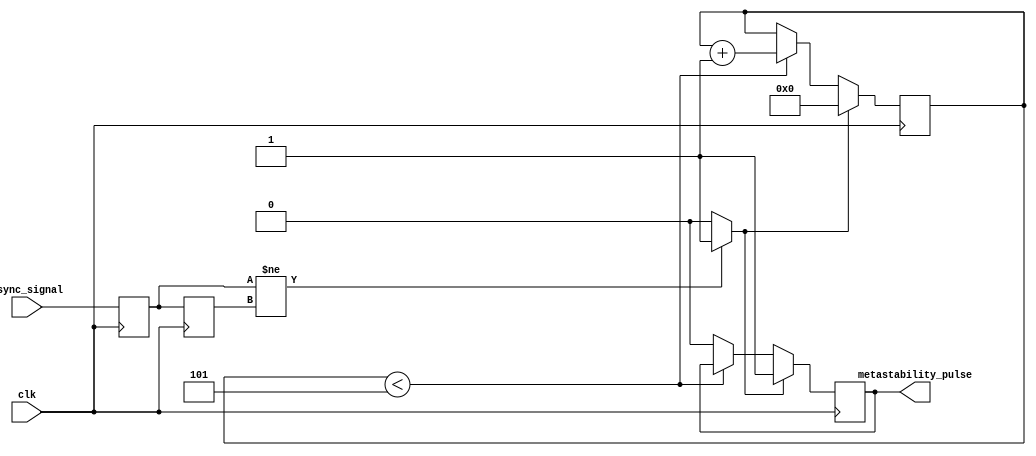
module metastability_detector #(
    parameter PULSE_WIDTH = 5 // Parameter to configure pulse width (in clock cycles)
)(
    input wire clk,             // Local clock
    input wire async_signal,    // Asynchronous input signal
    output reg metastability_pulse // Output pulse signal indicating potential metastability
);

    // Internal signals for the outputs of the flip-flops
    reg ff1_out; // Output of the first flip-flop
    reg ff2_out; // Output of the second flip-flop

    // Pulse generation logic
    reg [3:0] pulse_counter; // Pulse width counter
    reg pulse_active; // Indicates if pulse is active

    // Dual Flip-Flop configuration
    always @(posedge clk) begin
        ff1_out <= async_signal; // Sample async signal
        ff2_out <= ff1_out;       // Sample output of first flip-flop
    end

    // Detect metastability condition
    always @(*) begin
        if (ff1_out != ff2_out) begin
            pulse_active = 1'b1; // Set pulse active if outputs differ
        end else begin
            pulse_active = 1'b0;  // Clear pulse active if outputs are the same
        end
    end

    // Pulse generation logic
    always @(posedge clk) begin
        if (pulse_active) begin
            pulse_counter <= 0; // Reset counter
            metastability_pulse <= 1'b1; // Start pulse
        end else if (pulse_counter < PULSE_WIDTH) begin
            pulse_counter <= pulse_counter + 1; // Increment counter
        end else begin
            metastability_pulse <= 1'b0; // End pulse after defined width
        end
    end

endmodule